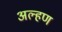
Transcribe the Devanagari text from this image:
अल्हण